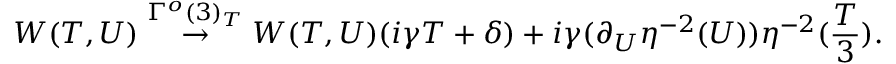
W ( T , U ) \stackrel { \Gamma ^ { o } ( 3 ) _ { T } } { \rightarrow } W ( T , U ) ( i \gamma T + \delta ) + i \gamma ( \partial _ { U } \eta ^ { - 2 } ( U ) ) \eta ^ { - 2 } ( \frac { T } { 3 } ) .